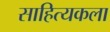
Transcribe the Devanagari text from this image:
साहित्यकला